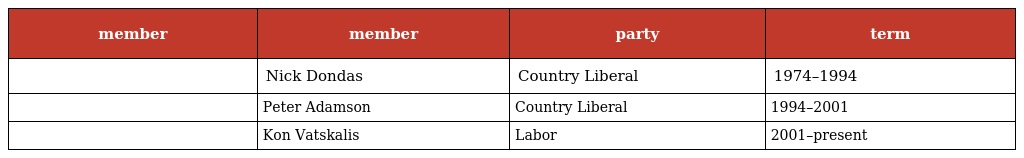
| member | member | party | term |
 | --- | --- | --- | --- |
 |  | Nick Dondas | Country Liberal | 1974–1994 |
 |  | Peter Adamson | Country Liberal | 1994–2001 |
 |  | Kon Vatskalis | Labor | 2001–present |